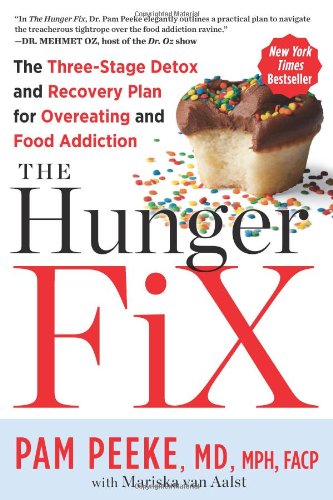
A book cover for The Hunger Fix: The Three-Stage Detox and Recovery Plan for Overeating and Food Addiction; Pamela Peeke; Health, Fitness & Dieting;